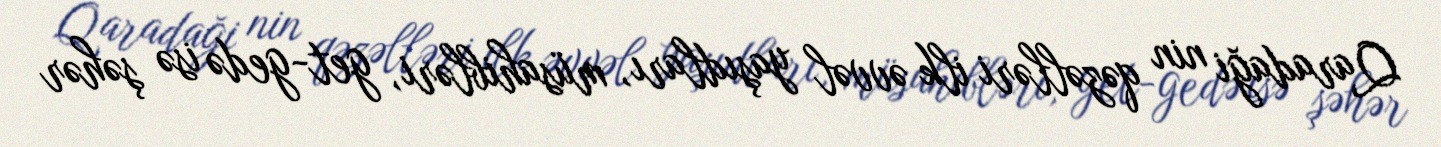
Qaradaği nin qəzəlləri ilk əvvəl yaşıdları, müsahibləri, get-gedə isə şəhər